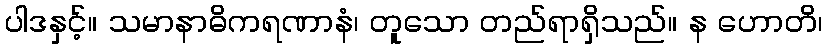
ပါဒနှင့်။ သမာနာဓိကရဏာနံ၊ တူသော တည်ရာရှိသည်။ န ဟောတိ၊